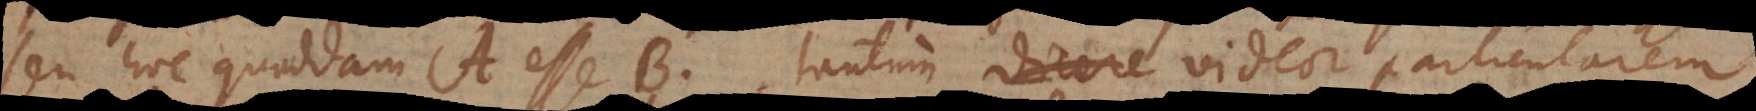
seu hoc quoddam A esse B, tantum videor particularem